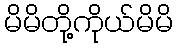
မိမိတို့ကိုယ်မိမိ